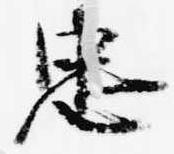
忠